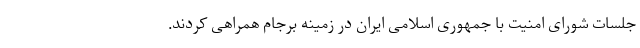
جلسات شورای امنیت با جمهوری اسلامی ایران در زمینه برجام همراهی کردند.